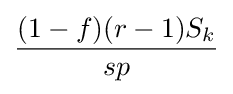
{\frac {(1-f)(r-1)S_{k}}{sp}}